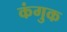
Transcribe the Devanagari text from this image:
कंगुक